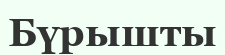
Бүрышты